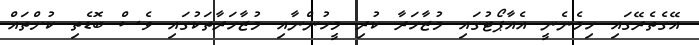
އޭގެތެރޭގައި ހިމެނެނީ އެއާޕޯޓުގައި މުޒާހަރާ ކުރި މީހުންނާއި މުޒާހަރާތަކުގައި ވެސް ބޮޑެތި ކުށްތައް